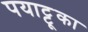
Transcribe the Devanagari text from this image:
पयाट्टूका